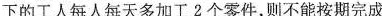
下的工人每人每天多加工2个零件，则不能按期完成